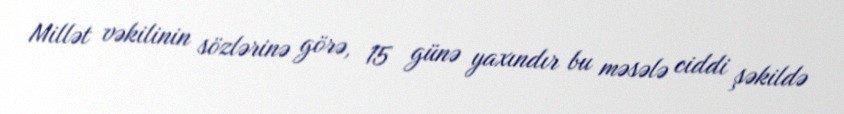
Millət vəkilinin sözlərinə görə, 15 günə yaxındır bu məsələ ciddi şəkildə